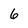
Character: 6